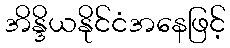
အိန္ဒိယနိုင်ငံအနေဖြင့်